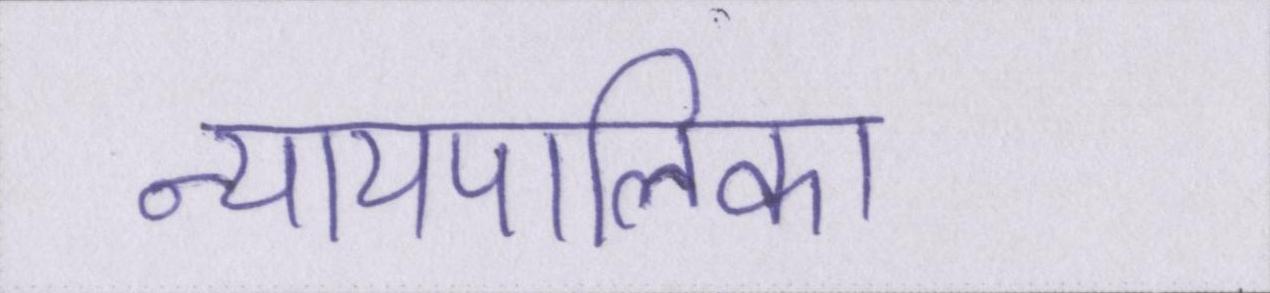
न्यायपालिका